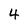
Character: 4